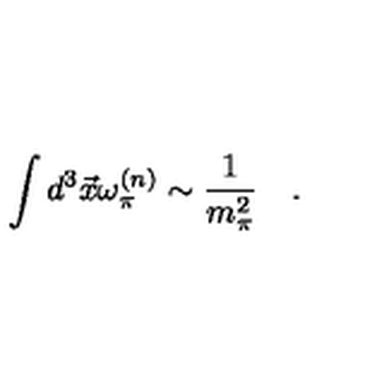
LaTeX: \int d ^ { 3 } \vec { x } \omega _ { \pi } ^ { ( n ) } \sim \frac { 1 } { m _ { \pi } ^ { 2 } } \quad .